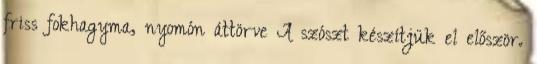
friss fokhagyma, nyomón áttörve A szószt készítjük el először.